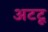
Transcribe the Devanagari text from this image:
अटटू